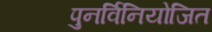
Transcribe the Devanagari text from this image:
पुनर्विनियोजित